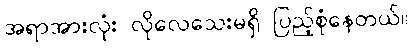
အရာအားလုံး လိုလေသေးမရှိ ပြည့်စုံနေတယ်။